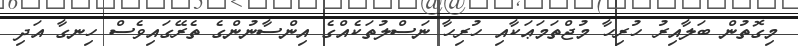
މިގޮތުން ބަލާއިރު ހުރިހާ މުޖްތަމަޢަކާއި ހުރިހާ ނަސްލުތަކެއްގެ އިންސާނުންގެ ތެރޭގައިވެސް ހިނގާ އަދި